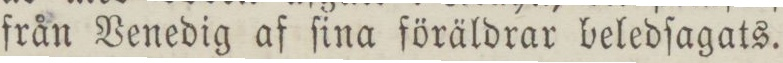
från Venedig af ſina föräldrar beledſagats.